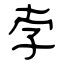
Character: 孛